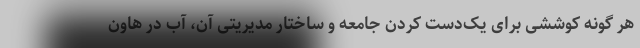
هر گونه کوششی برای یک‌دست کردن جامعه و ساختار مدیریتی آن، آب در هاون